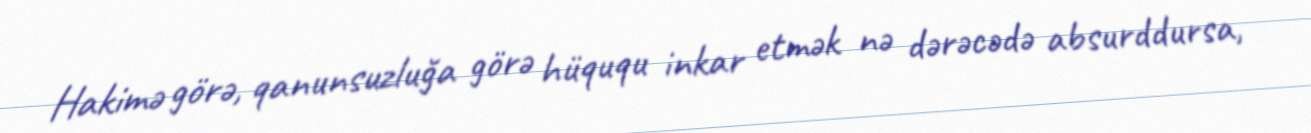
Hakimə görə, qanunsuzluğa görə hüququ inkar etmək nə dərəcədə absurddursa,